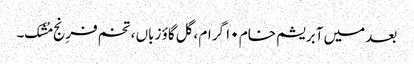
بعد میں آبریشم خام ۱۰ گرام ،گل گاؤ زباں ، تخم فرِنج مُشک۔